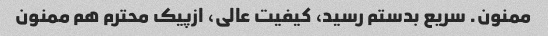
ممنون. سریع بدستم رسید، کیفیت عالی، ازپیک محترم هم ممنون